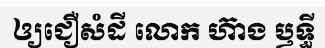
ឲ្យជឿសំដី លោក ហ៊ាង ឫទ្ធី